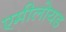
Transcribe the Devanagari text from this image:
एमीलोयड